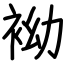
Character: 袎